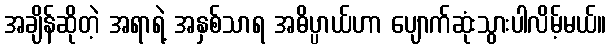
အချိန်ဆိုတဲ့ အရာရဲ့ အနှစ်သာရ အဓိပ္ပာယ်ဟာ ပျောက်ဆုံးသွားပါလိမ့်မယ်။